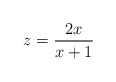
LaTeX: \begin{align*}z=\frac{2x}{x+1}\end{align*}